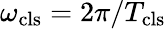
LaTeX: \omega_{\mathrm{cls}}=2\pi/T_{\mathrm{cls}}